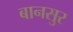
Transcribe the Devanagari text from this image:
बानसुर